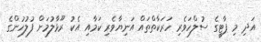
އަދި މި ޕާޓީގެ ސުލްހަވެރި ހަރަކާތްތައް އަނިޔާވެރި ކަމާއި އެކު ރޫޅާލުމަށް ފުލުހުންގެ